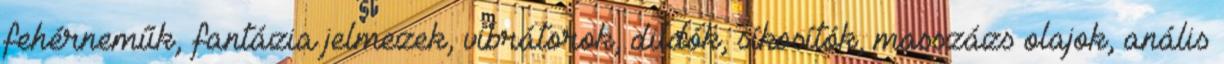
fehérneműk, fantázia jelmezek, vibrátorok, dildók, síkosítók, masszázs olajok, anális